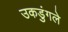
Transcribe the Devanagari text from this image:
उकडुंगले